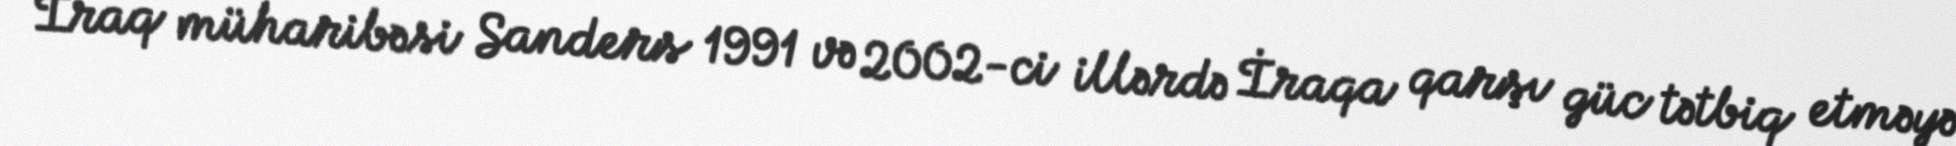
İraq müharibəsi Sanders 1991 və 2002-ci illərdə İraqa qarşı güc tətbiq etməyə